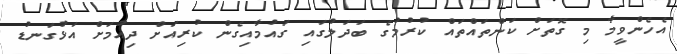
އެހެންވީމާ މި ގޮތަށް ކަންތައްތައް ކުރުމުގެ ބަދަލުގައި ގައުމާއިގެން ކުރިއަށް ދިއުމަށް އަޅުގަނޑު